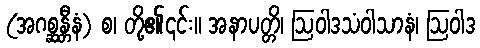
(အဂစ္ဆန္တီနံ) စ၊ တို့၏၎င်း။ အနာပတ္တိ၊ ဩဝါဒသံဝါသာနံ၊ ဩဝါဒ